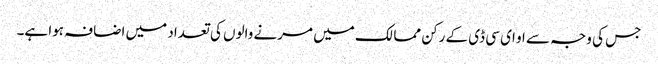
جس کی وجہ سے او ای سی ڈی کے رکن ممالک میں مرنے والوں کی تعداد میں اضافہ ہوا ہے۔